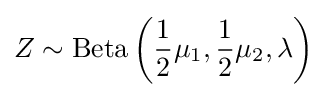
Z\sim {\mbox{Beta}}\left({\frac {1}{2}}\mu _{1},{\frac {1}{2}}\mu _{2},\lambda \right)